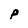
Character: p